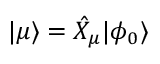
\vert \mu \rangle = \hat { X } _ { \mu } \vert \phi _ { 0 } \rangle